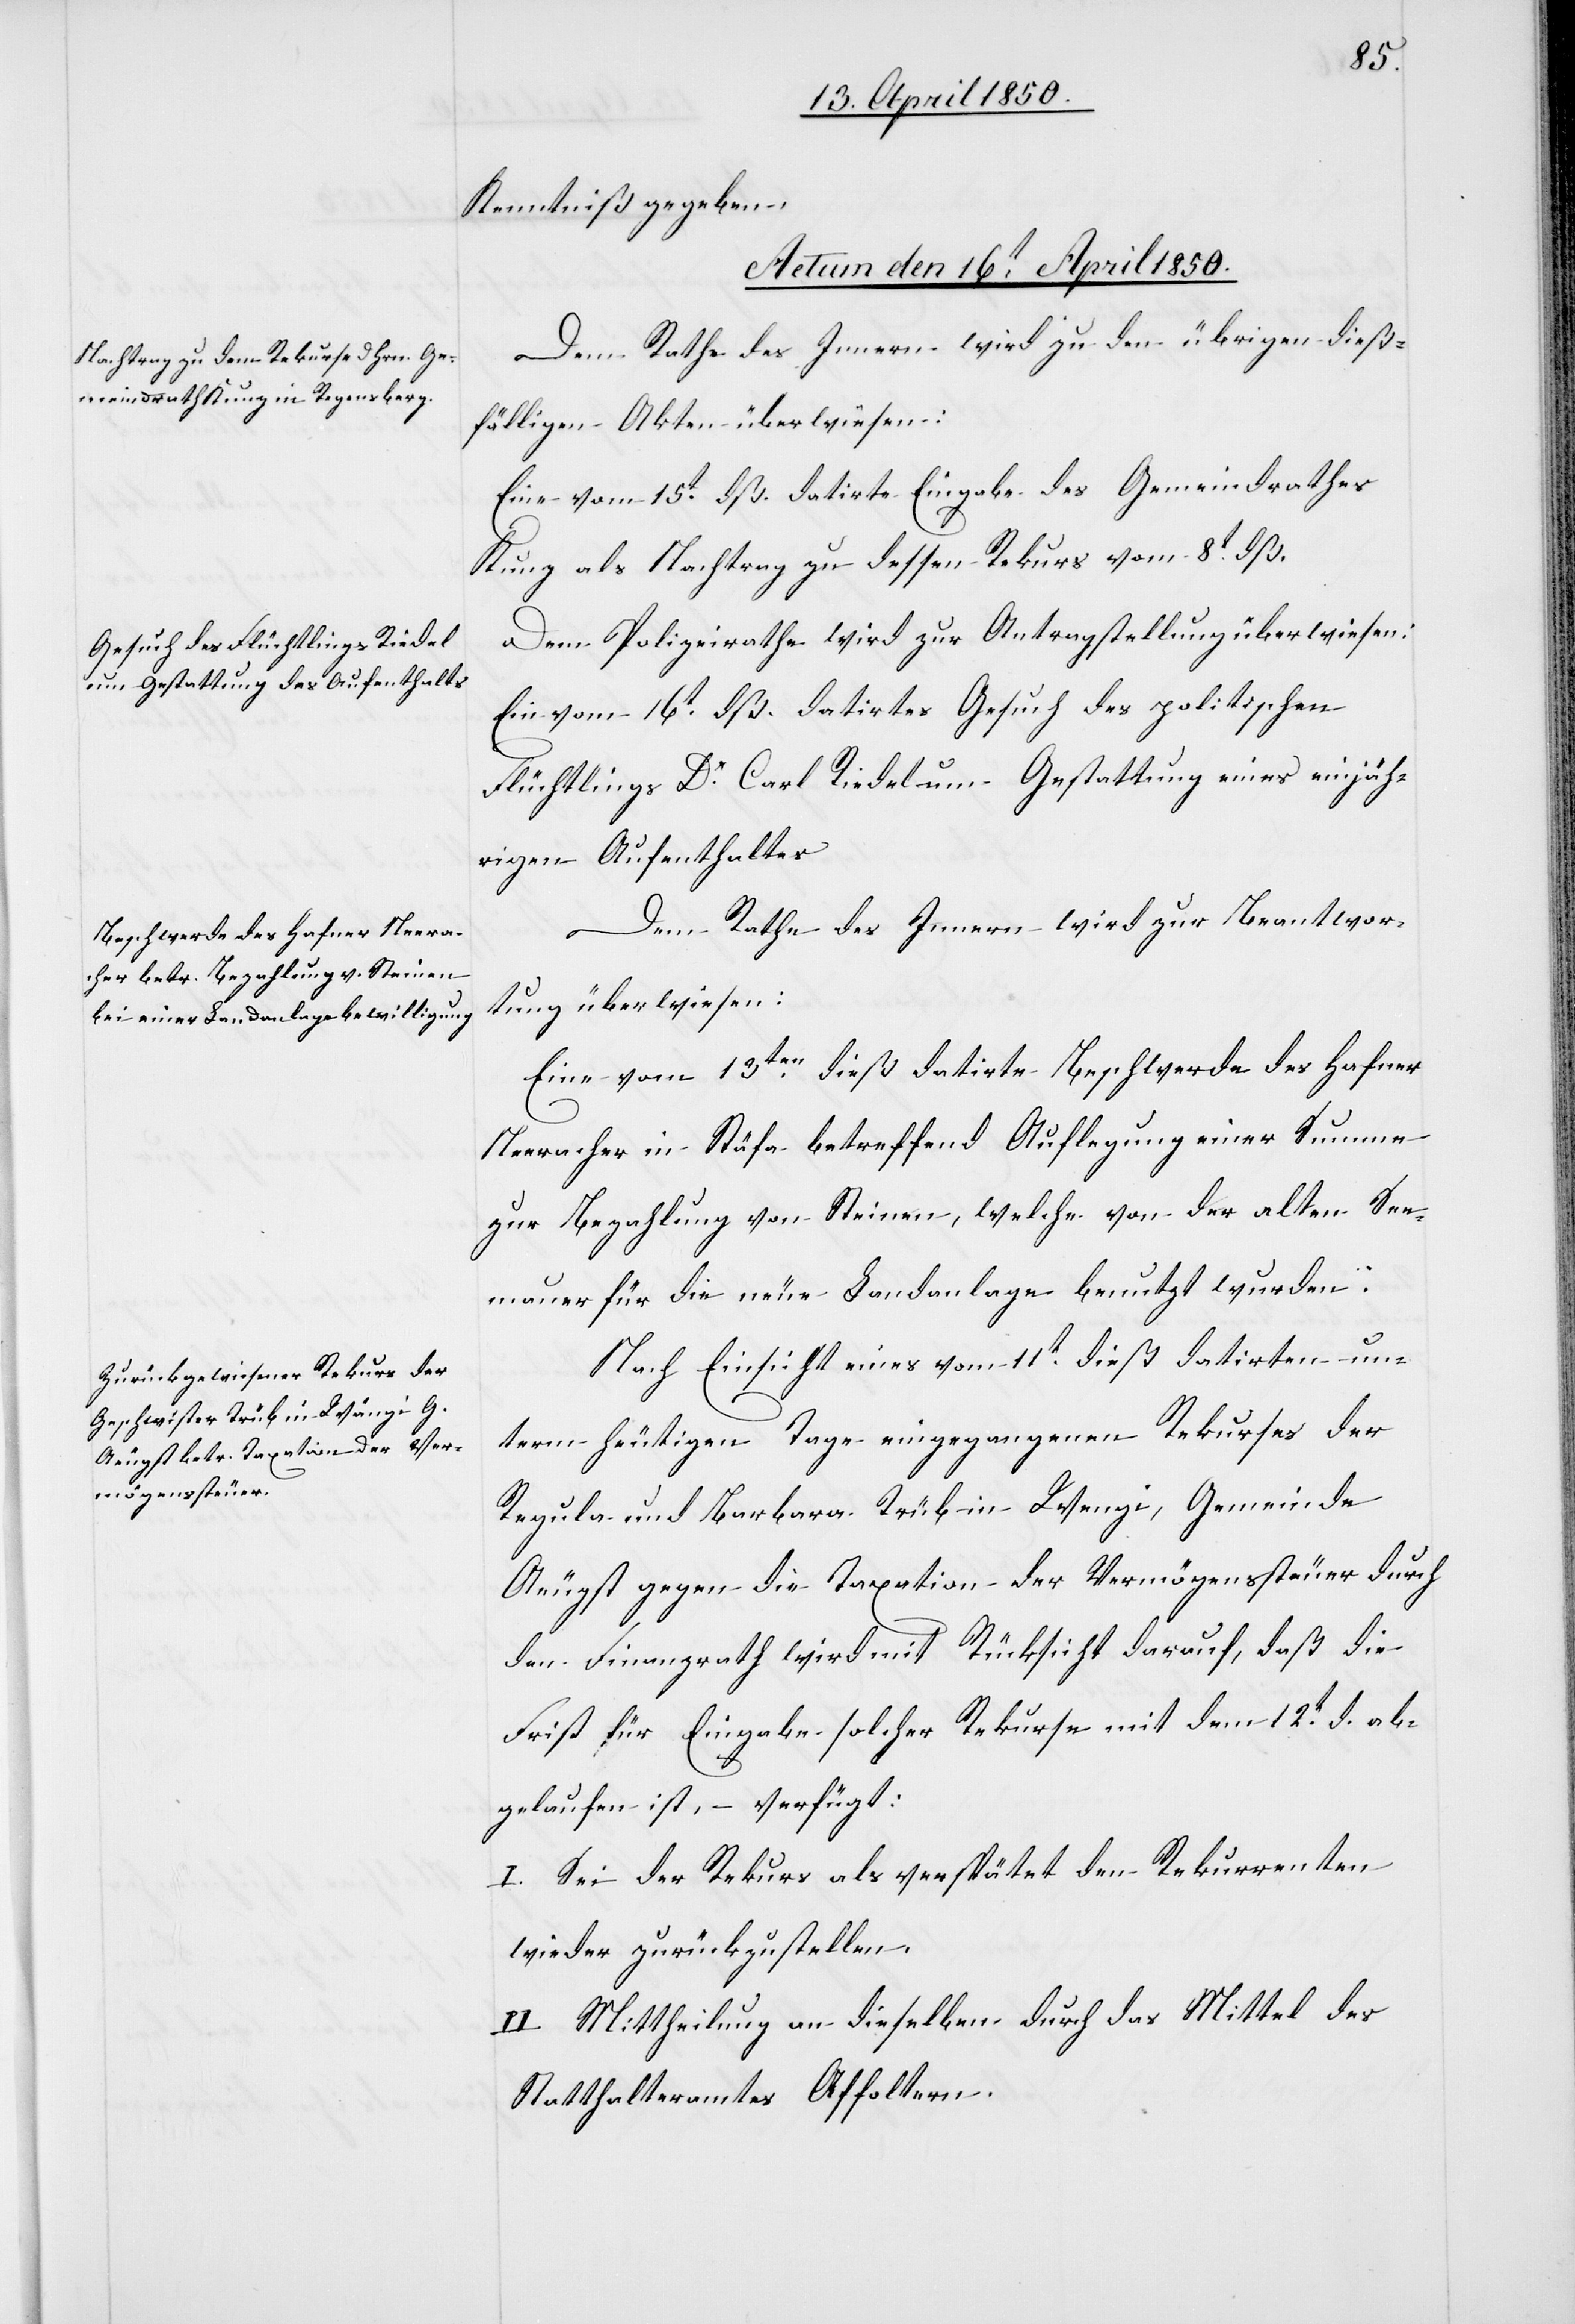
Kenntniß gegeben.
Actum den 16.t April 1850.]
Dem Rathe des Innern wird zu den übrigen dieß¬
fälligen Akten überwiesen:
Eine vom 15t dß. datirte Eingabe des Gemeindrathes
Kunz als Nachtrag zu dessen Rekurs vom 8t dß.
Dem Polizeirathe wird zur Antragstellung überwiesen:
Ein vom 16t dß. datirtes Gesuch des politischen
Flüchtlings Dr Carl Riedel um Gestattung eines einjäh¬
rigen Aufenthaltes[.]
Dem Rathe des Innern wird zur Beantwor¬
tung überwiesen:
Eine vom 13ten dieß datirte Beschwerde des Hafner
Neeracher in Stäfa betreffend Auflegung einer Summe
zur Bezahlung von Steinen, welche von der alten See¬
mauer für die neue Landanlage benutzt wurden.
Nach Einsicht eines vom 11t dieß datirten un¬
term heutigen Tage eingegangenen Rekurses der
Regula und Barbara Trüb in Wengi, Gemeinde
Aeugst gegen die Taxation der Vermögenssteuer durch
den Finanzrath wird mit Rücksicht darauf, daß die
Frist für Eingabe solcher Rekurse mit dem 12t d. ab¬
gelaufen ist, – verfügt:
I. Sei der Rekurs als verspätet den Rekurrenten
wieder zurückzustellen.
II. Mittheilung an dieselben durch das Mittel des
Statthalteramtes Affoltern.